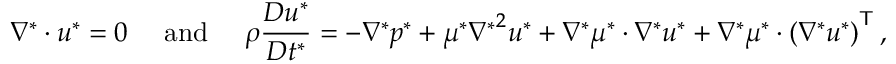
\nabla ^ { * } \cdot \boldsymbol u ^ { * } = 0 ~ ~ ~ ~ \mathrm { a n d } ~ ~ ~ ~ \rho \frac { D \boldsymbol { u } ^ { * } } { D t ^ { * } } = - \nabla ^ { * } p ^ { * } + \mu ^ { * } { \nabla ^ { * } } ^ { 2 } \boldsymbol u ^ { * } + \nabla ^ { * } \mu ^ { * } \cdot \nabla ^ { * } \boldsymbol u ^ { * } + \nabla ^ { * } \mu ^ { * } \cdot \left( \nabla ^ { * } \boldsymbol u ^ { * } \right) ^ { \mathsf { T } } ,